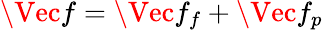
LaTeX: \Vec{f}=\Vec{f}_{f}+\Vec{f}_{p}